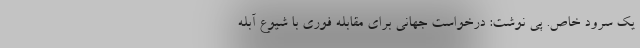
یک سرود خاص. پی نوشت: درخواست جهانی برای مقابله فوری با شیوع آبله